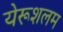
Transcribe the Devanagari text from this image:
येरूशलम